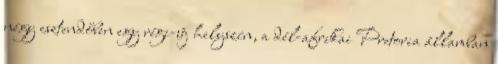
négy esztendőben egy régi-új helyszín, a dél-afrikai Pretoria államban